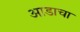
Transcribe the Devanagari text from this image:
आडाचा